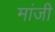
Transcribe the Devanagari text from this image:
मांजी